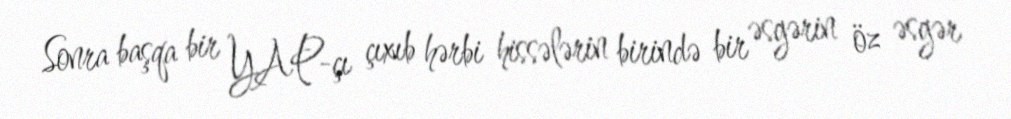
Sonra başqa bir YAP-çı çıxıb hərbi hissələrin birində bir əsgərin öz əsgər